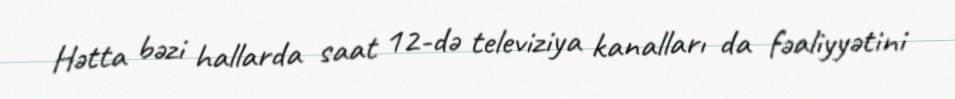
Hətta bəzi hallarda saat 12-də televiziya kanalları da fəaliyyətini